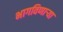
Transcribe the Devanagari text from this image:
भागविणाऱ्या